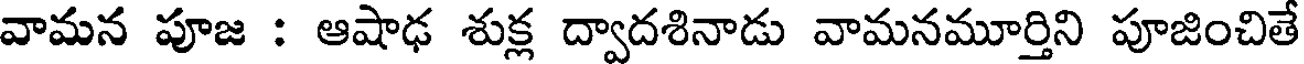
వామన పూజ : ఆషాఢ శుక్ల ద్వాదశినాడు వామనమూర్తిని పూజించితే